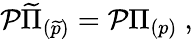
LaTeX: {\cal P}\widetilde\Pi_{(\widetilde p)}={\cal P}\Pi_{(p)}\ ,